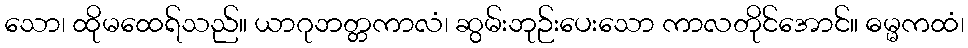
သော၊ ထိုမထေရ်သည်။ ယာဂုဘတ္တကာလံ၊ ဆွမ်းဘုဉ်းပေးသော ကာလတိုင်အောင်။ ဓမ္မကထံ၊